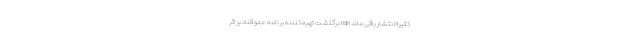
کثیرالانتشار باقی ماند nan درگذشت تهیه کننده برنامه عمو قناد بر اثر